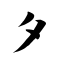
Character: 夕